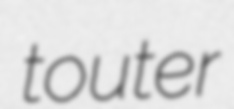
touter